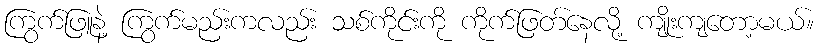
ကြွက်ဖြူနဲ့ ကြွက်မည်းကလည်း သစ်ကိုင်းကို ကိုက်ဖြတ်နေလို့ ကျိုးကျတော့မယ်။